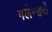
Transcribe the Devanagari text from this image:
गलेन्डरों